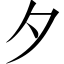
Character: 夕